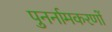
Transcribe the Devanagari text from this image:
पुनर्नामकरणों